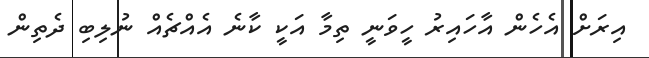
އިރަށް އެހެން އާހައިރު ހީވަނީ ތިމާ އަކީ ކާނެ އެއްޗެއް ނުލިބި ދެތިން